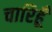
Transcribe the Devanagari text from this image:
चारिहूँ